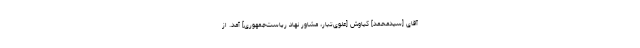
آقاى [سیدمحمد] كیاوش [‌علوی‌تبار، مشاور نهاد ریاست‌جمهوری] آمد. از